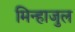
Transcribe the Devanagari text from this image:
मिन्हाजुल